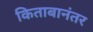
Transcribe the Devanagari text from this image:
किताबानंतर